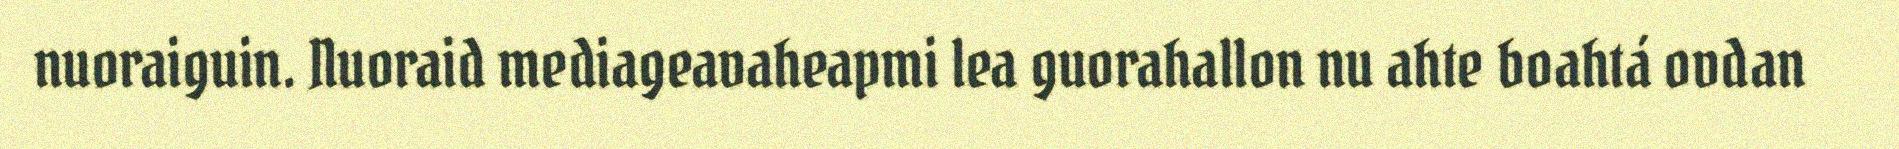
nuoraiguin. Nuoraid mediageavaheapmi lea guorahallon nu ahte boahtá ovdan